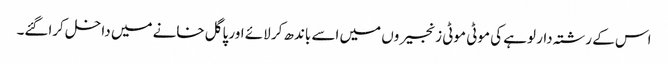
اس کے رشتہ دار لوہے کی موٹی موٹی زنجیروں میں اسے باندھ کر لائے اور پاگل خانے میں داخل کراگئے۔